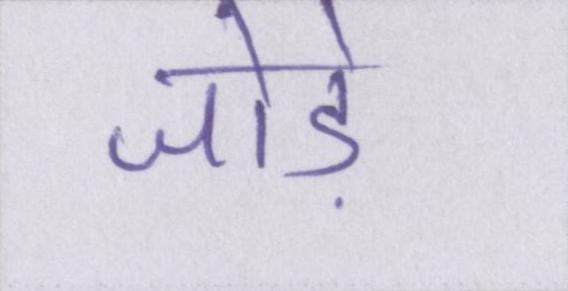
जोड़े